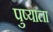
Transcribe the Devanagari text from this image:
पुष्याला